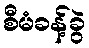
စီမံခန့်ခွဲ